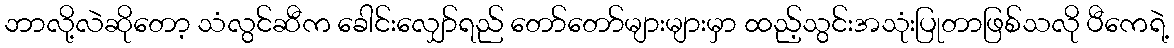
ဘာလို့လဲဆိုတော့ သံလွင်ဆီက ခေါင်းလျှော်ရည် တော်တော်များများမှာ ထည့်သွင်းအသုံးပြုတာဖြစ်သလို ပီကေရဲ့